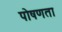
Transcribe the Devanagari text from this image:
पोषणता